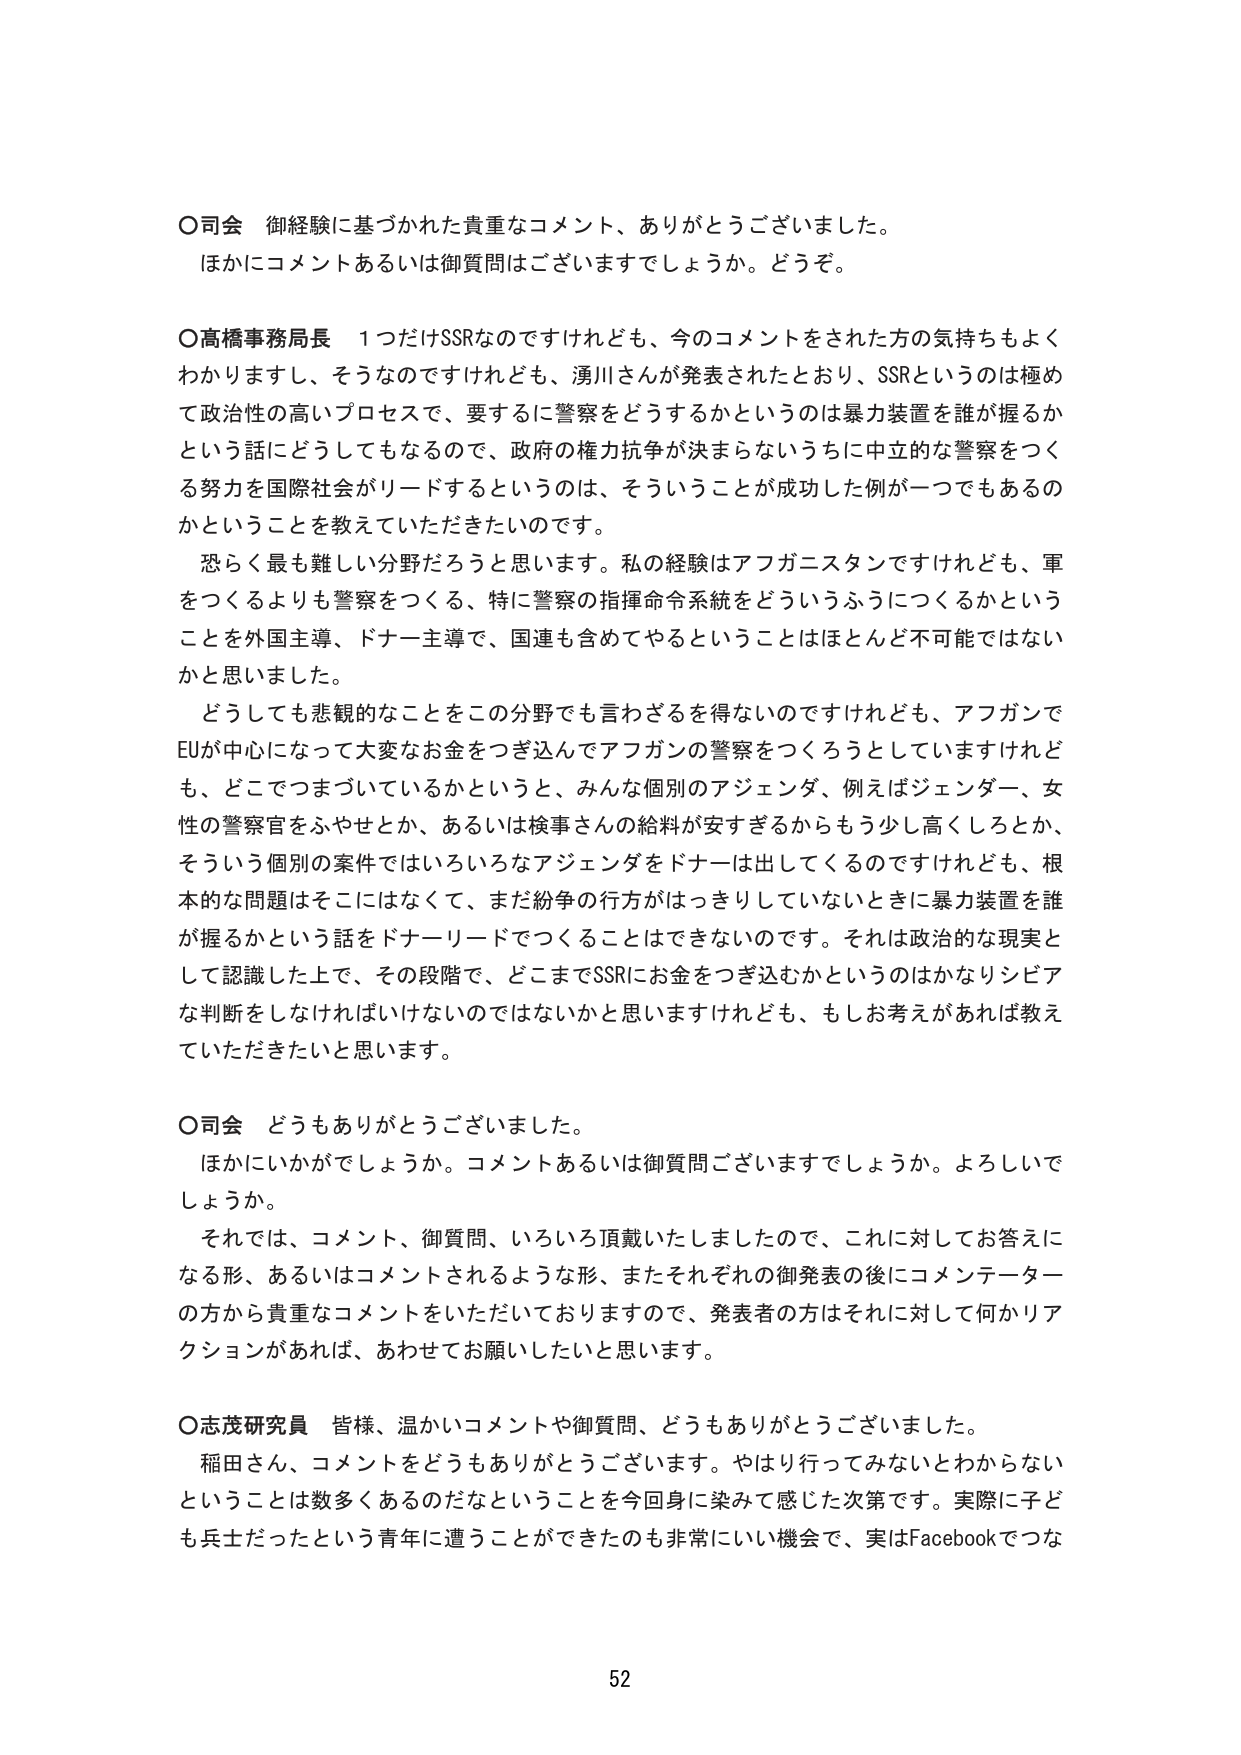
〇司会 御経験に基づかれた貴重なコメント、ありがとうございました。
ほかにコメントあるいは御質問はございますでしょうか。どうぞ。

〇高橋事務局長 1つだけSSRなのですけれども、今のコメントをされた方の気持ちもよくわかりますし、そうなのですけれども、湧川さんが発表されたとおり、SSRというのは極めて政治性の高いプロセスで、要するに警察をどうするかというのは暴力装置を誰が握るかという話にどうしてもなるので、政府の権力抗争が決まらないうちに中立的な警察をつくる努力を国際社会がリードするというのは、そういうことが成功した例が一つでもあるのかということを教えていただきたいのです。

恐らく最も難しい分野だろうと思います。私の経験はアフガニスタンですけれども、軍をつくるよりも警察をつくる、特に警察の指揮命令系統をどういうふうにつくるかということを外国主導、ドナー主導で、国連も含めてやるということはほとんど不可能ではないかと思いました。

どうしても客観的なことをこの分野でも言わざるを得ないのですけれども、アフガンでEUが中心になって大変なお金をつぎ込んでアフガンの警察をつくろうとしていますけれども、どこでつまづいているかというと、みんな個別のアジェンダ、例えばジェンダー、女性の警察官をふやせとか、あるいは検事さんの給料が安すぎるからもう少し高くしろとか、そういう個別の案件ではいろいろなアジェンダをドナーは出してくれるのですけれども、根本的な問題はそこにはなくて、まだ紛争の行方がはっきりしていないときに暴力装置を誰が握るかという話をドナーリードでつくることはできないのです。それは政治的な現実として認識した上で、その段階で、どこまでSSRにお金をつぎ込むかというのはかなりシビアな判断をしなければいけないのではないかと思いますけれども、もしお考えがあれば教えていただきたいと思います。

〇司会 どうもありがとうございました。
ほかにいかがでしょうか。コメントあるいは御質問ございますでしょうか。よろしいでしょうか。

それでは、コメント、御質問、いろいろ頂戴いたしましたので、これに対してお答えになる形、あるいはコメントされるような形、またそれぞれの御発表の後にコメンテーターの方から貴重なコメントをいただいておりますので、発表者の方はそれに対して何かリアクションがあれば、あわせてお願いしたいと思います。

〇志茂研究員 皆様、温かいコメントや御質問、どうもありがとうございました。
稲田さん、コメントをどうもありがとうございます。やはり行ってみないとわからないということは数多くあるのだなということを今回身に染みて感じた次第です。実際に子ども兵士だったという青年に遭うことができたのも非常にいい機会で、実はFacebookでつな

52